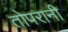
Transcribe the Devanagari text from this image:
तोपरानी